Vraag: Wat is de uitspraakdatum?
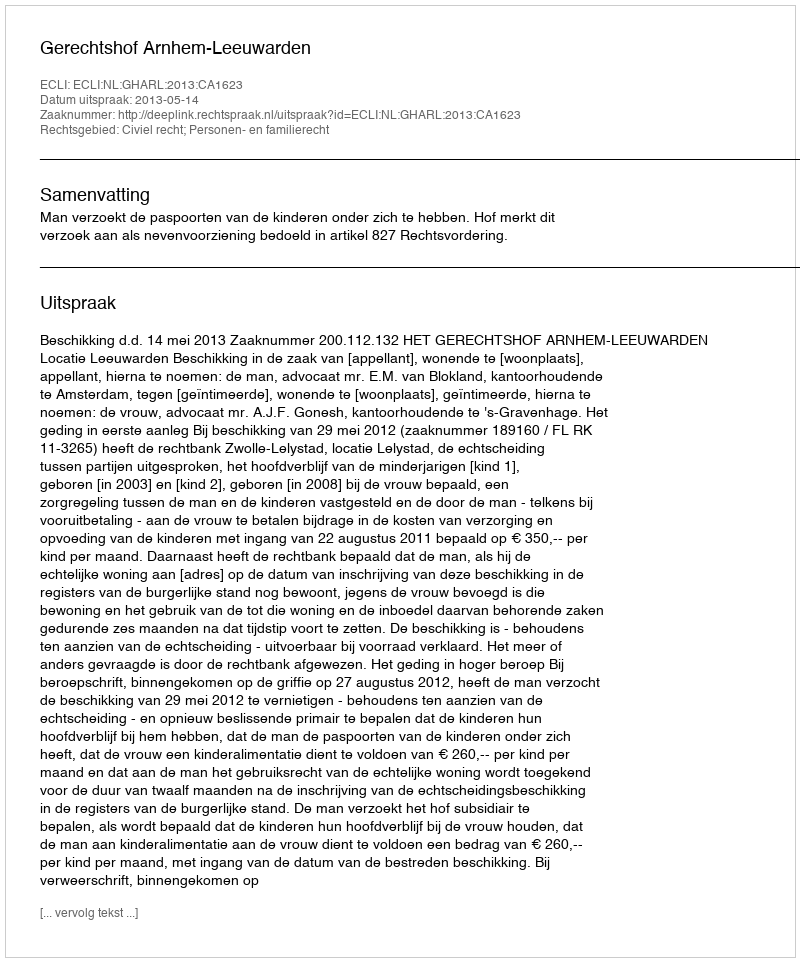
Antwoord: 2013-05-14